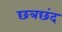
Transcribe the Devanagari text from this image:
छत्रछंद